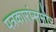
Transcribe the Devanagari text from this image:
पत्रकारांसमोर